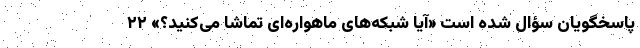
پاسخگویان سؤال شده است «آیا شبکه‌های‌ ماهواره‌ای تماشا می‌کنید؟» ۲۲